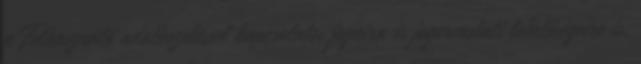
a Felhasználó adatkezeléssel kapcsolatos jogaira és jogorvoslati lehetőségeire is.